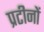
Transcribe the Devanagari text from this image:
प्रटीनों